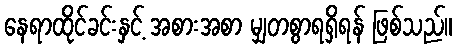
နေရာထိုင်ခင်းနှင့် အစားအစာ မျှတစွာရရှိရန် ဖြစ်သည်။